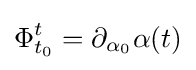
\Phi _{t_{0}}^{t}=\partial _{\alpha _{0}}\alpha (t)